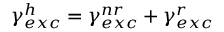
\gamma _ { e x c } ^ { h } = \gamma _ { e x c } ^ { n r } + \gamma _ { e x c } ^ { r }